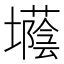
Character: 𡓅